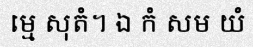
ម្មេ សុតំ។ ឯ កំ សម យំ